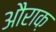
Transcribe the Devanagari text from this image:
औराक़